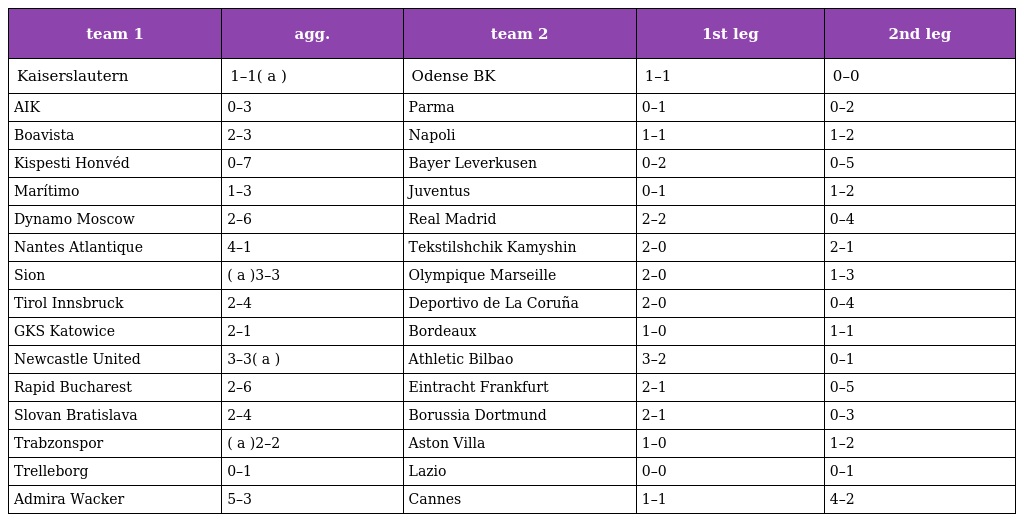
| team 1 | agg. | team 2 | 1st leg | 2nd leg |
 | --- | --- | --- | --- | --- |
 | Kaiserslautern | 1–1( a ) | Odense BK | 1–1 | 0–0 |
 | AIK | 0–3 | Parma | 0–1 | 0–2 |
 | Boavista | 2–3 | Napoli | 1–1 | 1–2 |
 | Kispesti Honvéd | 0–7 | Bayer Leverkusen | 0–2 | 0–5 |
 | Marítimo | 1–3 | Juventus | 0–1 | 1–2 |
 | Dynamo Moscow | 2–6 | Real Madrid | 2–2 | 0–4 |
 | Nantes Atlantique | 4–1 | Tekstilshchik Kamyshin | 2–0 | 2–1 |
 | Sion | ( a )3–3 | Olympique Marseille | 2–0 | 1–3 |
 | Tirol Innsbruck | 2–4 | Deportivo de La Coruña | 2–0 | 0–4 |
 | GKS Katowice | 2–1 | Bordeaux | 1–0 | 1–1 |
 | Newcastle United | 3–3( a ) | Athletic Bilbao | 3–2 | 0–1 |
 | Rapid Bucharest | 2–6 | Eintracht Frankfurt | 2–1 | 0–5 |
 | Slovan Bratislava | 2–4 | Borussia Dortmund | 2–1 | 0–3 |
 | Trabzonspor | ( a )2–2 | Aston Villa | 1–0 | 1–2 |
 | Trelleborg | 0–1 | Lazio | 0–0 | 0–1 |
 | Admira Wacker | 5–3 | Cannes | 1–1 | 4–2 |